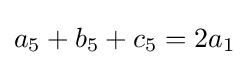
a_{5}+b_{5}+c_{5}=2a_{1}